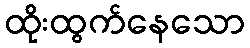
ထိုးထွက်နေသော